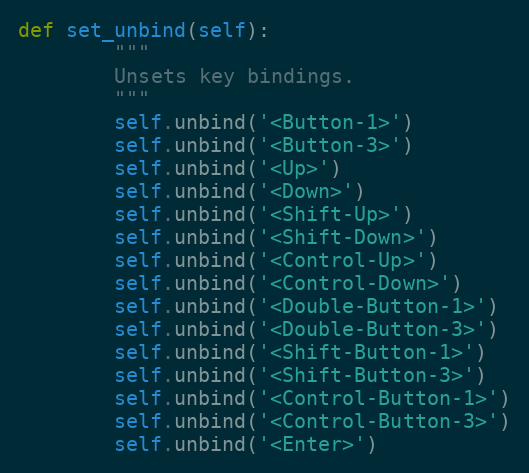
Language: Python
def set_unbind(self):
        """
        Unsets key bindings.
        """
        self.unbind('<Button-1>')
        self.unbind('<Button-3>')
        self.unbind('<Up>')
        self.unbind('<Down>')
        self.unbind('<Shift-Up>')
        self.unbind('<Shift-Down>')
        self.unbind('<Control-Up>')
        self.unbind('<Control-Down>')
        self.unbind('<Double-Button-1>')
        self.unbind('<Double-Button-3>')
        self.unbind('<Shift-Button-1>')
        self.unbind('<Shift-Button-3>')
        self.unbind('<Control-Button-1>')
        self.unbind('<Control-Button-3>')
        self.unbind('<Enter>')